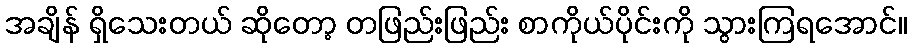
အချိန် ရှိသေးတယ် ဆိုတော့ တဖြည်းဖြည်း စာကိုယ်ပိုင်းကို သွားကြရအောင်။